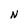
Character: N